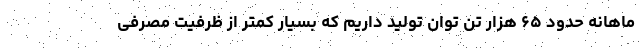
ماهانه حدود ۶۵ هزار تُن توان تولید داریم که بسیار کمتر از ظرفیت مصرفی